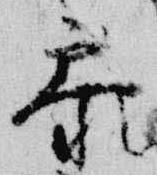
参